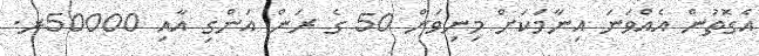
އެގޮތުން އެއްވަނަ އިނާމަކަށް މިނިވަން 50 ގެ ރަން އަންގި އާއި 50000ރ.